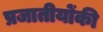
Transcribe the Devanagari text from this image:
प्रजातीयोंकी